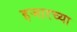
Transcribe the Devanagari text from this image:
हजारच्या